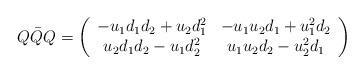
LaTeX: \begin{align*}Q\bar{Q} Q= \left( \begin{array}{cc} -u_1d_1d_2+u_2 d_1^2 & -u_1u_2d_1 + u_1^2 d_2 \\u_2d_1d_2 -u_1d_2^2 & u_1u_2d_2 - u_2^2 d_1 \end{array} \right) \end{align*}